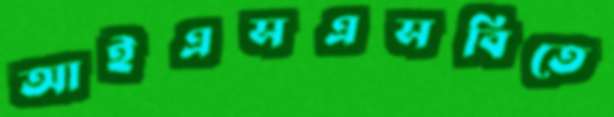
আইএসএসবিতে